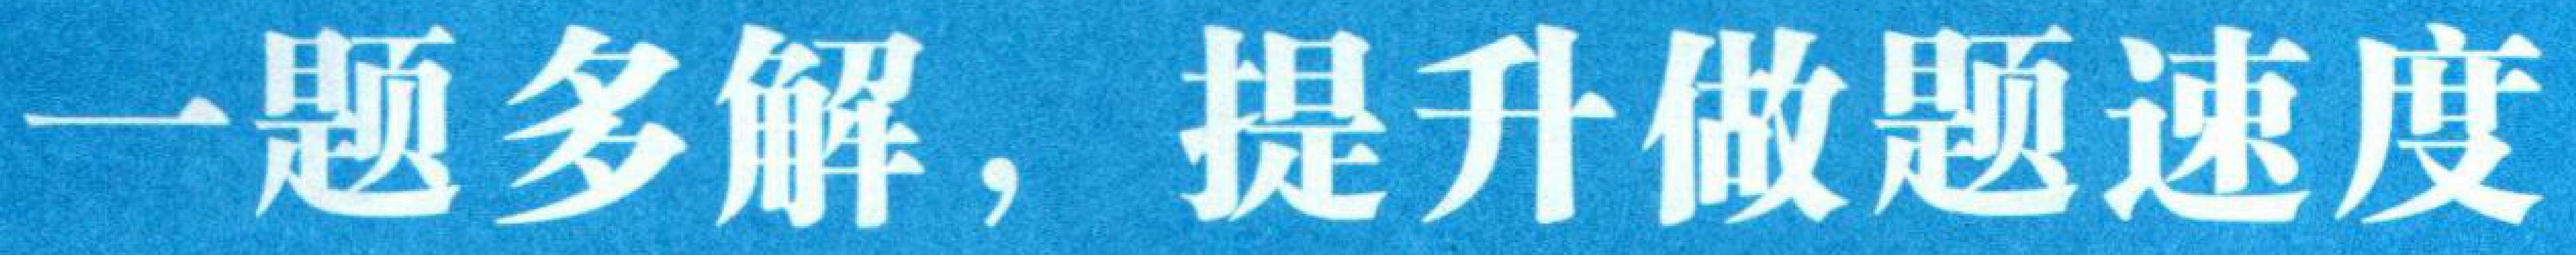
一题多解，提升做题速度